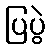
ပြပွဲ